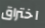
اختراق